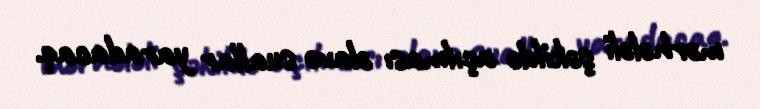
mərhələli şəkildə açılması əlavə suallar yaradacaq.